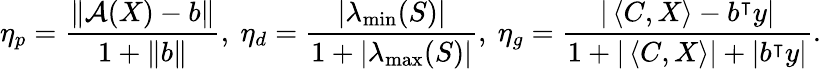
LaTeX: \eta_{p}=\frac{\left\lVert{\mathcal{A}}(X)-b\right\rVert}{1+\left\lVert b\right\rVert},\ \eta_{d}=\frac{|\lambda_{\operatorname*{min}}(S)|}{1+|\lambda_{\operatorname*{max}}(S)|},\ \eta_{g}=\frac{|\left\langle C,X\right\rangle-b^{\intercal}y|}{1+|\left\langle C,X\right\rangle|+|b^{\intercal}y|}.